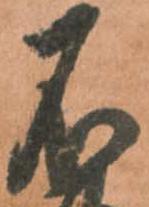
不